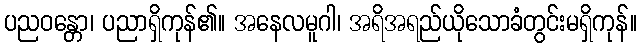
ပညဝန္တော၊ ပညာရှိကုန်၏။ အနေလမူဂါ၊ အရိအရည်ယိုသောခံတွင်းမရှိကုန်။